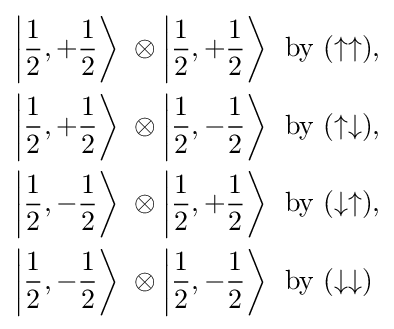
{\begin{aligned}\left|{\frac {1}{2}},+{\frac {1}{2}}\right\rangle \ \otimes \left|{\frac {1}{2}},+{\frac {1}{2}}\right\rangle \ &{\text{ by }}(\uparrow \uparrow ),\\\left|{\frac {1}{2}},+{\frac {1}{2}}\right\rangle \ \otimes \left|{\frac {1}{2}},-{\frac {1}{2}}\right\rangle \ &{\text{ by }}(\uparrow \downarrow ),\\\left|{\frac {1}{2}},-{\frac {1}{2}}\right\rangle \ \otimes \left|{\frac {1}{2}},+{\frac {1}{2}}\right\rangle \ &{\text{ by }}(\downarrow \uparrow ),\\\left|{\frac {1}{2}},-{\frac {1}{2}}\right\rangle \ \otimes \left|{\frac {1}{2}},-{\frac {1}{2}}\right\rangle \ &{\text{ by }}(\downarrow \downarrow )\end{aligned}}